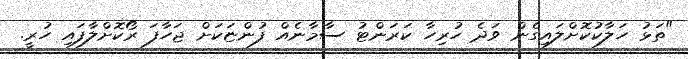
"ތަޅު ހަލާކުކޮށްލައިގެން ވަދެ ހުރިހާ ކަރަންޓު ސާމާނެއް ފުންޏަކަށް ޖަހާފަ ރޯކޮށްލާފައި ހުރީ.